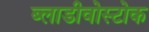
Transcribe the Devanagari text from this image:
ब्लाडीवोस्टोक